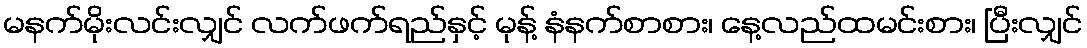
မနက်မိုးလင်းလျှင် လက်ဖက်ရည်နှင့် မုန့် နံနက်စာစား၊ နေ့လည်ထမင်းစား၊ ပြီးလျှင်